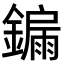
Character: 𮣀